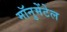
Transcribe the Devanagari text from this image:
मॉनुमेंटेल